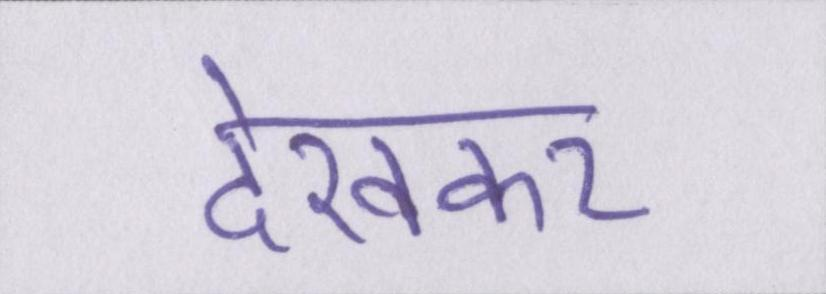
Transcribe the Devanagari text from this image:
देखकर